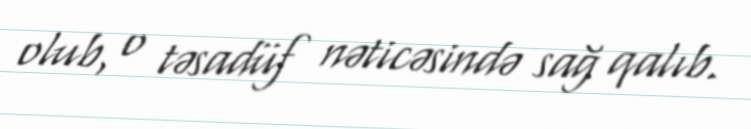
olub, o təsadüf nəticəsində sağ qalıb.